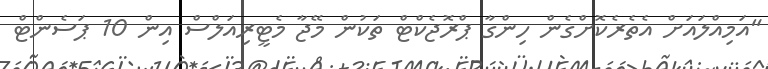
"އަމިއްލައަށް އެތެރެކޮށްގެން ހިންގާ ޕްރޮޖެކްޓް ތަކުން މޭޖާ މެޓީރިއަލްސް އިން 10 ޕަސެންޓް